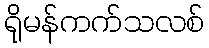
ရိုမန်ကက်သလစ်